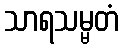
သာရသမ္မတံ